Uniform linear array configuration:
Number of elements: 48
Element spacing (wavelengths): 0.25
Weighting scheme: binomial
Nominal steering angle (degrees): -30
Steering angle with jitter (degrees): -30.761
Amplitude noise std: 0.05
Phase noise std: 0.05

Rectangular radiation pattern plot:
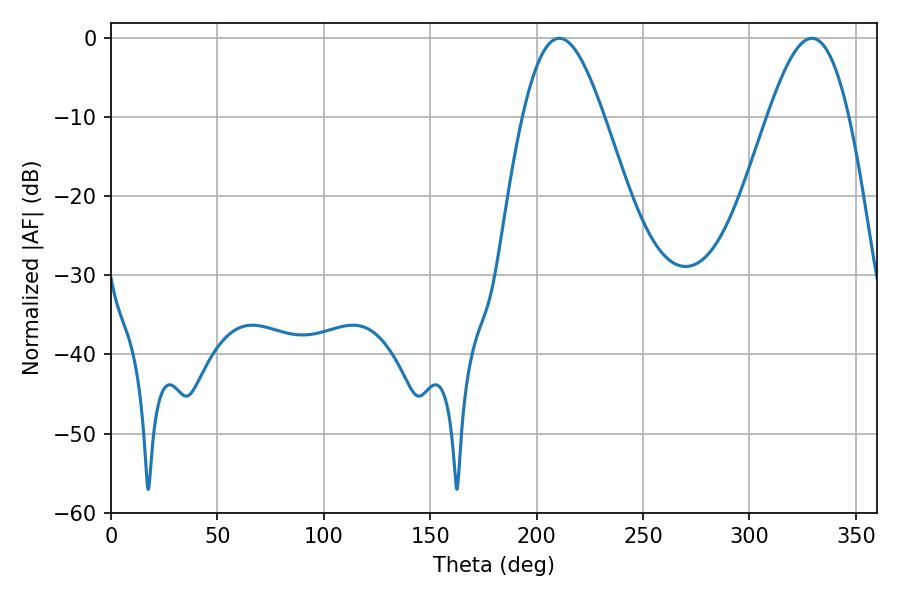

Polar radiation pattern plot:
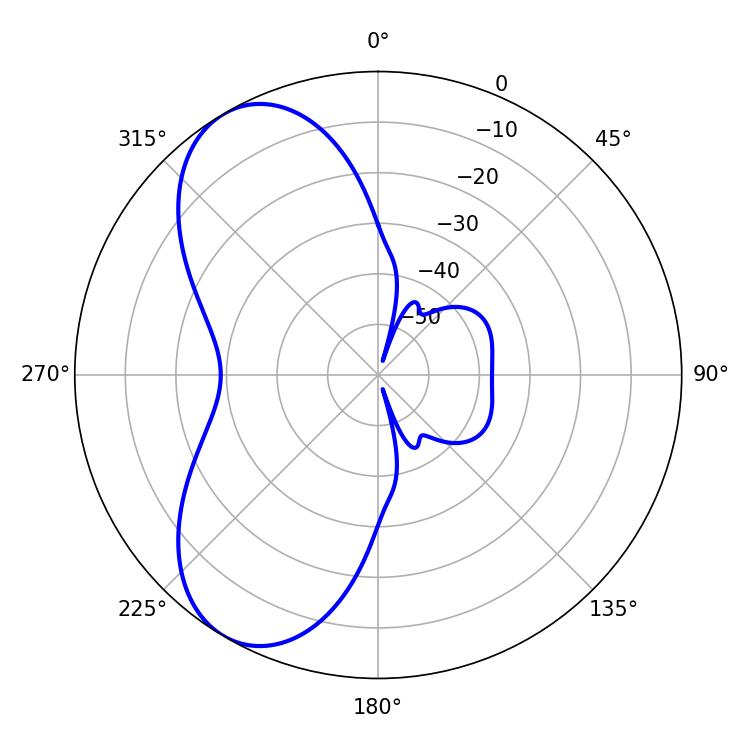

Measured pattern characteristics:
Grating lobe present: FALSE
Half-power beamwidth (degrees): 20.52
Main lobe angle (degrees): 210.6